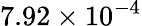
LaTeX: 7.92\times 10^{-4}